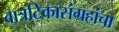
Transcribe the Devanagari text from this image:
वात्रटिकासंग्रहांचा